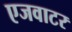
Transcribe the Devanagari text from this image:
एजवाटर